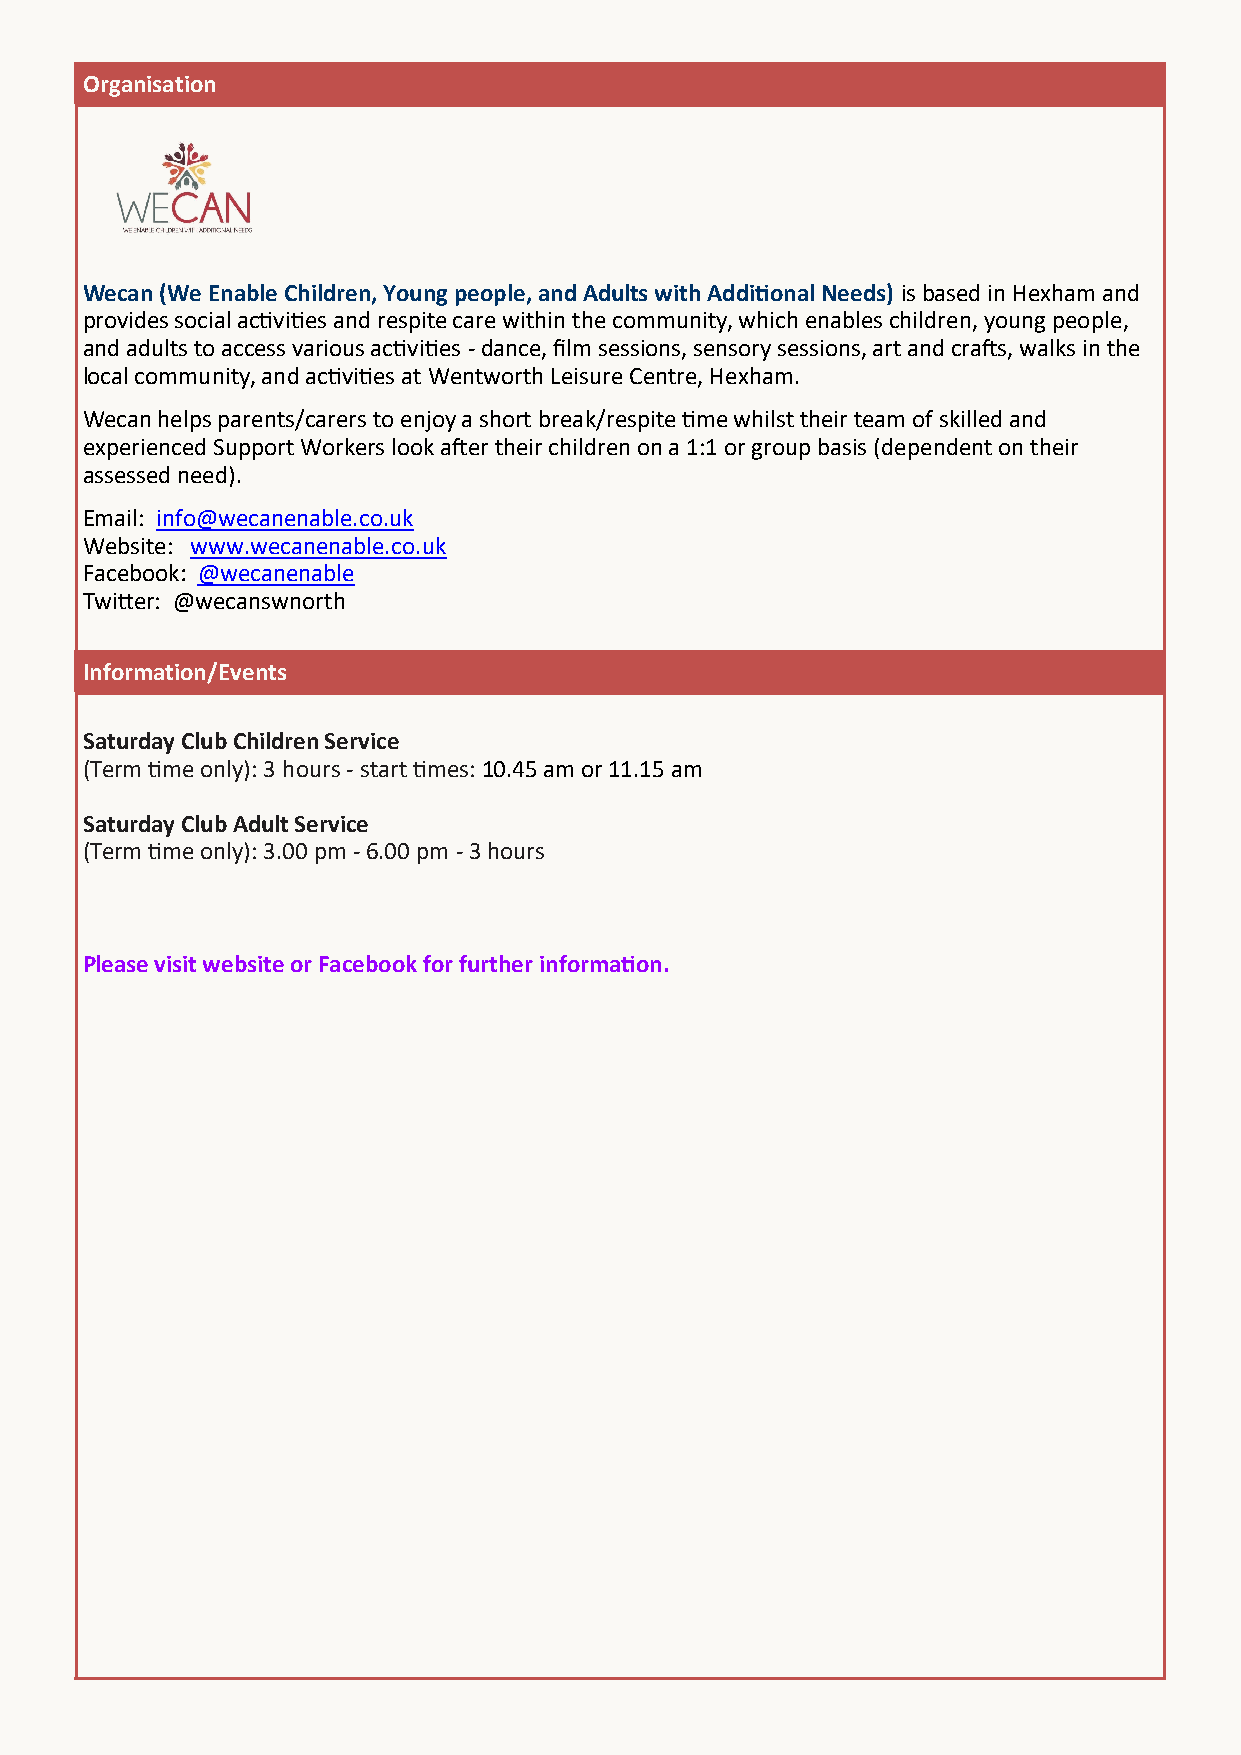
Organisation
 Wecan (We Enable Children, Young people, and Adults with Additional Needs) is based in Hexham and
 provides social activities and respite care within the community, which enables children, young people,
 and adults to access various activities - dance, film sessions, sensory sessions, art and crafts, walks in the
 local community, and activities at Wentworth Leisure Centre, Hexham.
 Wecan helps parents/carers to enjoy a short break/respite time whilst their team of skilled and
 experienced Support Workers look after their children on a 1:1 or group basis (dependent on their
 assessed need).
 Email: info@wecanenable.co.uk
 Website: www.wecanenable.co.uk
 Facebook: @wecanenable
 Twitter: @wecanswnorth
 Information/Events
 Saturday Club Children Service
 (Term time only): 3 hours - start times: 10.45 am or 11.15 am
 Saturday Club Adult Service
 (Term time only): 3.00 pm - 6.00 pm - 3 hours
 Please visit website or Facebook for further information.